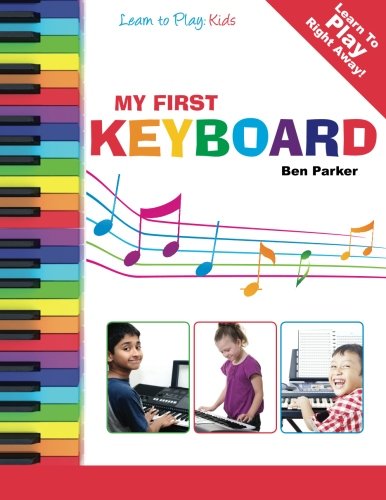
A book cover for My First Keyboard - Learn To Play: Kids; Ben Parker; Children's Books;